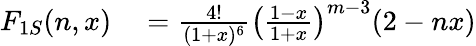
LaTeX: \begin{array}{rl}{F_{1S}(n,x)}&{{}=\frac{4!}{(1+x)^{6}}\left(\frac{1-x}{1+x}\right)^{m-3}(2-nx)}\end{array}